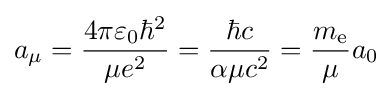
a_{\mu }={\frac {4\pi \varepsilon _{0}\hbar ^{2}}{\mu e^{2}}}={\frac {\hbar c}{\alpha \mu c^{2}}}={\frac {m_{\mathrm {e} }}{\mu }}a_{0}